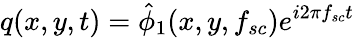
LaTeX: q(x,y,t)=\hat{\phi}_{1}(x,y,f_{sc})e^{i2\pi f_{sc}t}